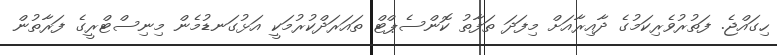
ހިގައްޖެ. ފަތުރުވެރިކަމުގެ ދާއިރާއަށް މިފަދަ ތަފާތު ކޮންސެޕްޓް ތައަރަދްކުރުމަކީ އަޅުގަނޑުމެން މިނިސްޓްރީގެ ފަރާތުން